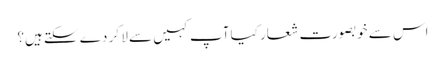
اس سے خوبصورت شعار کیا آپ کہیں سے لا کر دے سکتے ہیں؟